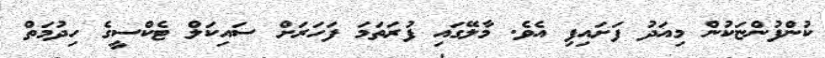
ކުންފުންޏަކުން މިއަދު ފަށައިފި އެވެ. މާލޭގައި ފުރަތަމަ ފަހަރަށް ސައިކަލް ޓެކްސީގެ ހިދުމަތް